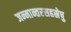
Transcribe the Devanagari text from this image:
जन्मान्तरसहस्रेषु